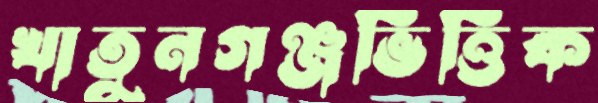
খাতুনগঞ্জভিত্তিক